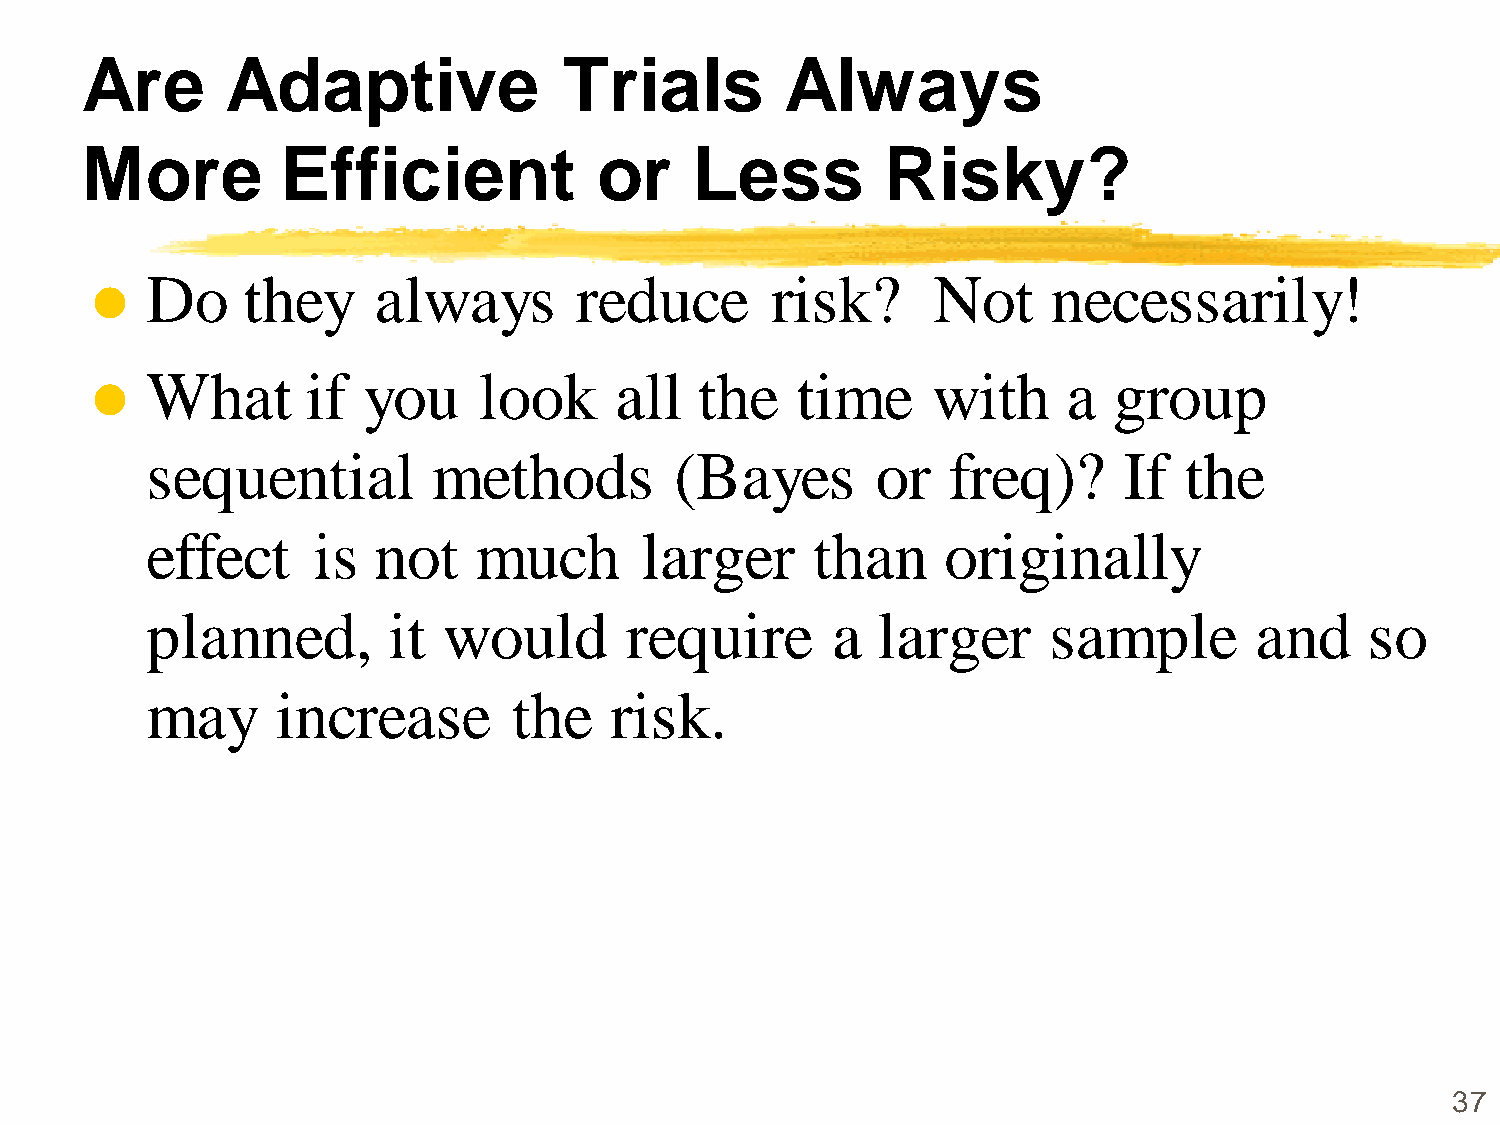
Are       Adaptive              Trials         Always
 More          Efficient            or    Less         Risky?
 Do    they     always       reduce       risk?      Not     necessarily!
 
 What      if  you     look     all  the    time     with     a  group
 
 sequential         methods         (Bayes       or   freq)?     If  the
 effect     is  not   much       larger      than     originally
 planned,        it would       require       a  larger     sample        and     so
 may     increase        the   risk.
 37